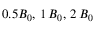
0 . 5 B _ { 0 } , \, 1 \, B _ { 0 } , \, 2 \, B _ { 0 }